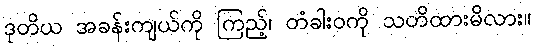
ဒုတိယ အခန်းကျယ်ကို ကြည့်၊ တံခါးဝကို သတိထားမိလား။